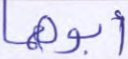
أبوهما